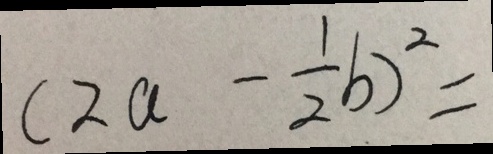
( 2 a - \frac { 1 } { 2 } b ) ^ { 2 } =